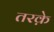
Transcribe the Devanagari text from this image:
तरक़े